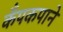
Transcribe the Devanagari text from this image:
कँपकपाने